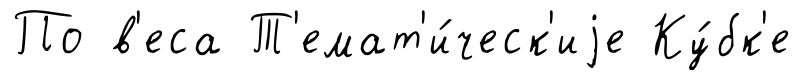
По в'еса Т'емат'и́ческ'иjе Ку́бк'е